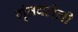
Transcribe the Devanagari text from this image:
गुंतवलेली